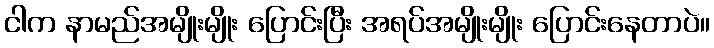
ငါက နာမည်အမျိုးမျိုး ပြောင်းပြီး အရပ်အမျိုးမျိုး ပြောင်းနေတာပဲ။